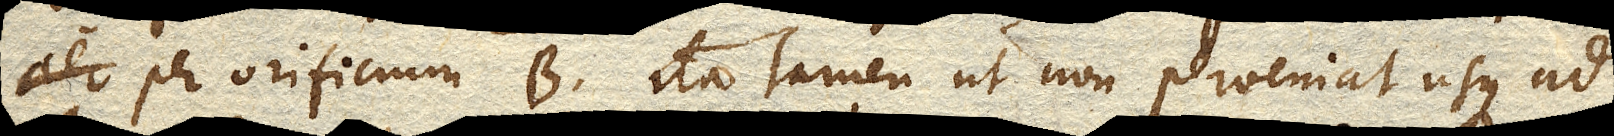
per orificium B. ita tamen ut non perveniat usque ad